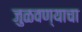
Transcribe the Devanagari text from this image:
जुळवण्याचा